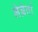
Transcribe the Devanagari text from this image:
लेब्रेतां